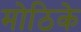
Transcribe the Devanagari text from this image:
मोठिके